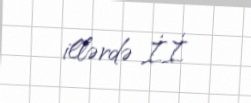
illərdə İ.İ.